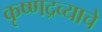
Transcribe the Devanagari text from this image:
कृष्णद्रव्याचे